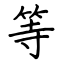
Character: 等